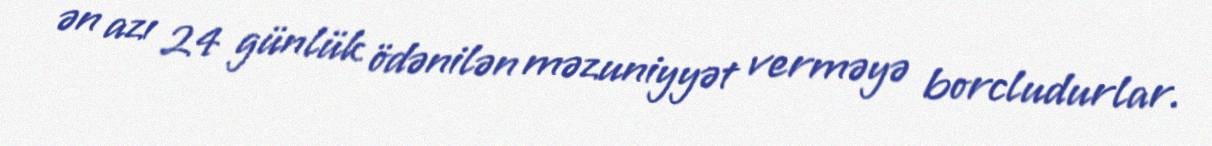
ən azı 24 günlük ödənilən məzuniyyət verməyə borcludurlar.